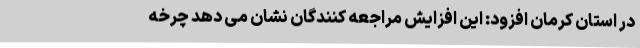
در استان کرمان افزود: این افزایش مراجعه کنندگان نشان می دهد چرخه